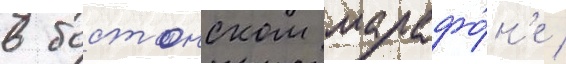
в бостонском марафо́н'е /